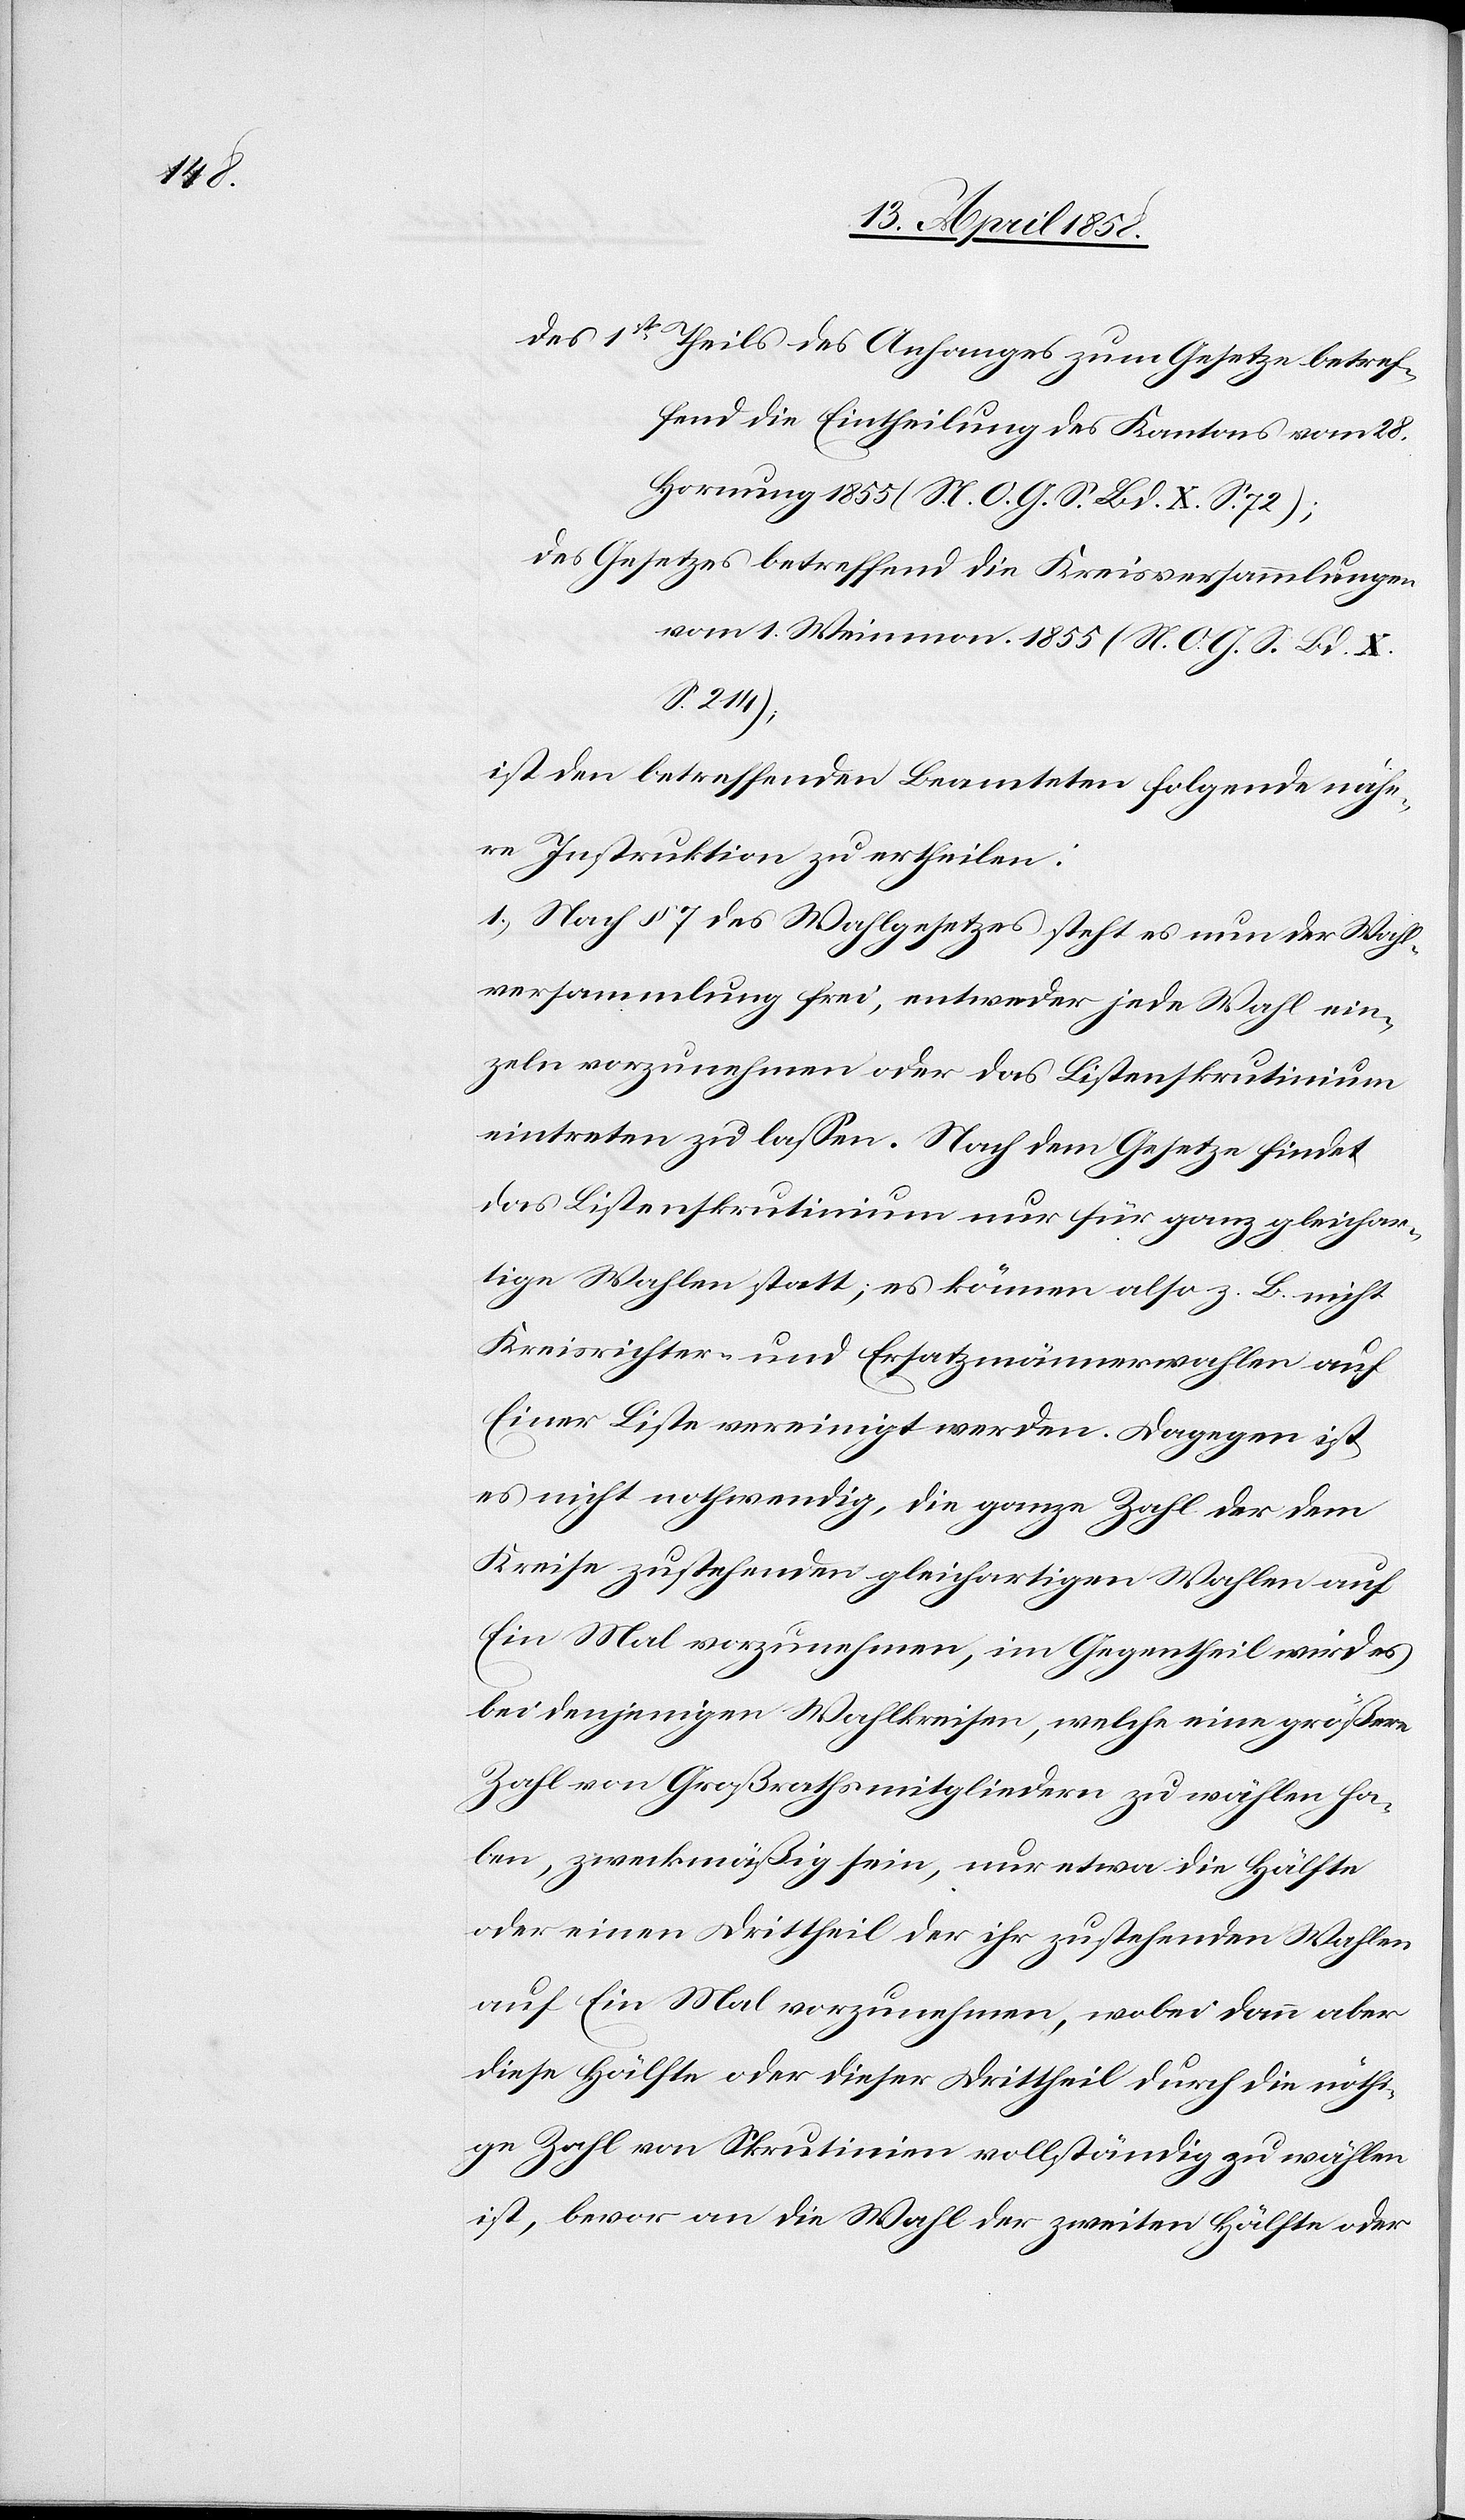
des 1st Theils des Anhanges um Gesetze betref¬
fend die Eintheilung des Kantons vom 28.
Hornung 1855 (N. O. G. S. Bd. X S. 72);
des Gesetzes betreffend die Kreisversammlungen
vom 1. Weinmonat 1855 (N. O. G. S. Bd. X
S. 214);
ist den betreffenden Beamteten folgende nähe¬
re Instruktion zu ertheilen:
1. Nach § 7 des Wahlgesetzes steht es nun der Wahl¬
versammlung frei, entweder jede Wahl ein¬
zeln vorzunehmen oder das Listenskrutinium
eintreten zu lassen. Nach dem Gesetze findet
das Listenskrutinium nur für ganz gleichar¬
tige Wahlen statt, es könne also z. B. nicht
Kreisrichter und Ersatzmännerwahlen auf
Einer Liste vereinigt werden. Dagegen ist
es nicht nothwendig, die ganze Zahl der dem
Kreise zustehenden gleichartigen Wahlen auf
Ein Mal vorzunehmen, im Gegentheil wird es
bei denjenigen Wahlkreisen, welche eine größere
Zahl von Großrathsmitgliedern zu wählen ha¬
ben, zweckmäßig sein, nur etwa die Hälfte
oder einen Drittheil der ihr zustehenden Wahlen
auf Ein Mal vorzunehmen, wobei dann aber
diese Hälfte oder dieser Drittheil durch die nöthi¬
ge Zahl von Skrutinien vollständig zu wählen
ist, bevor an die Wahl der zweiten Hälfte oder